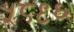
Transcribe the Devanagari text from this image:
५८९६